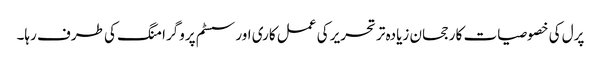
پرل کی خصوصیات کا رجحان زیادہ تر تحریر کی عمل کاری اور سسٹم پروگرامنگ کی طرف رہا۔